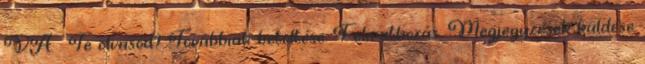
VA. : Te olvasod? Továbbiak betöltése. Feliratkozás: Megjegyzések küldése